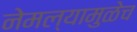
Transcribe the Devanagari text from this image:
नेमल्यामुळेच